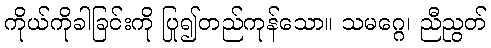
ကိုယ်ကိုခါခြင်းကို ပြု၍တည်ကုန်သော။ သမဂ္ဂေ၊ ညီညွတ်